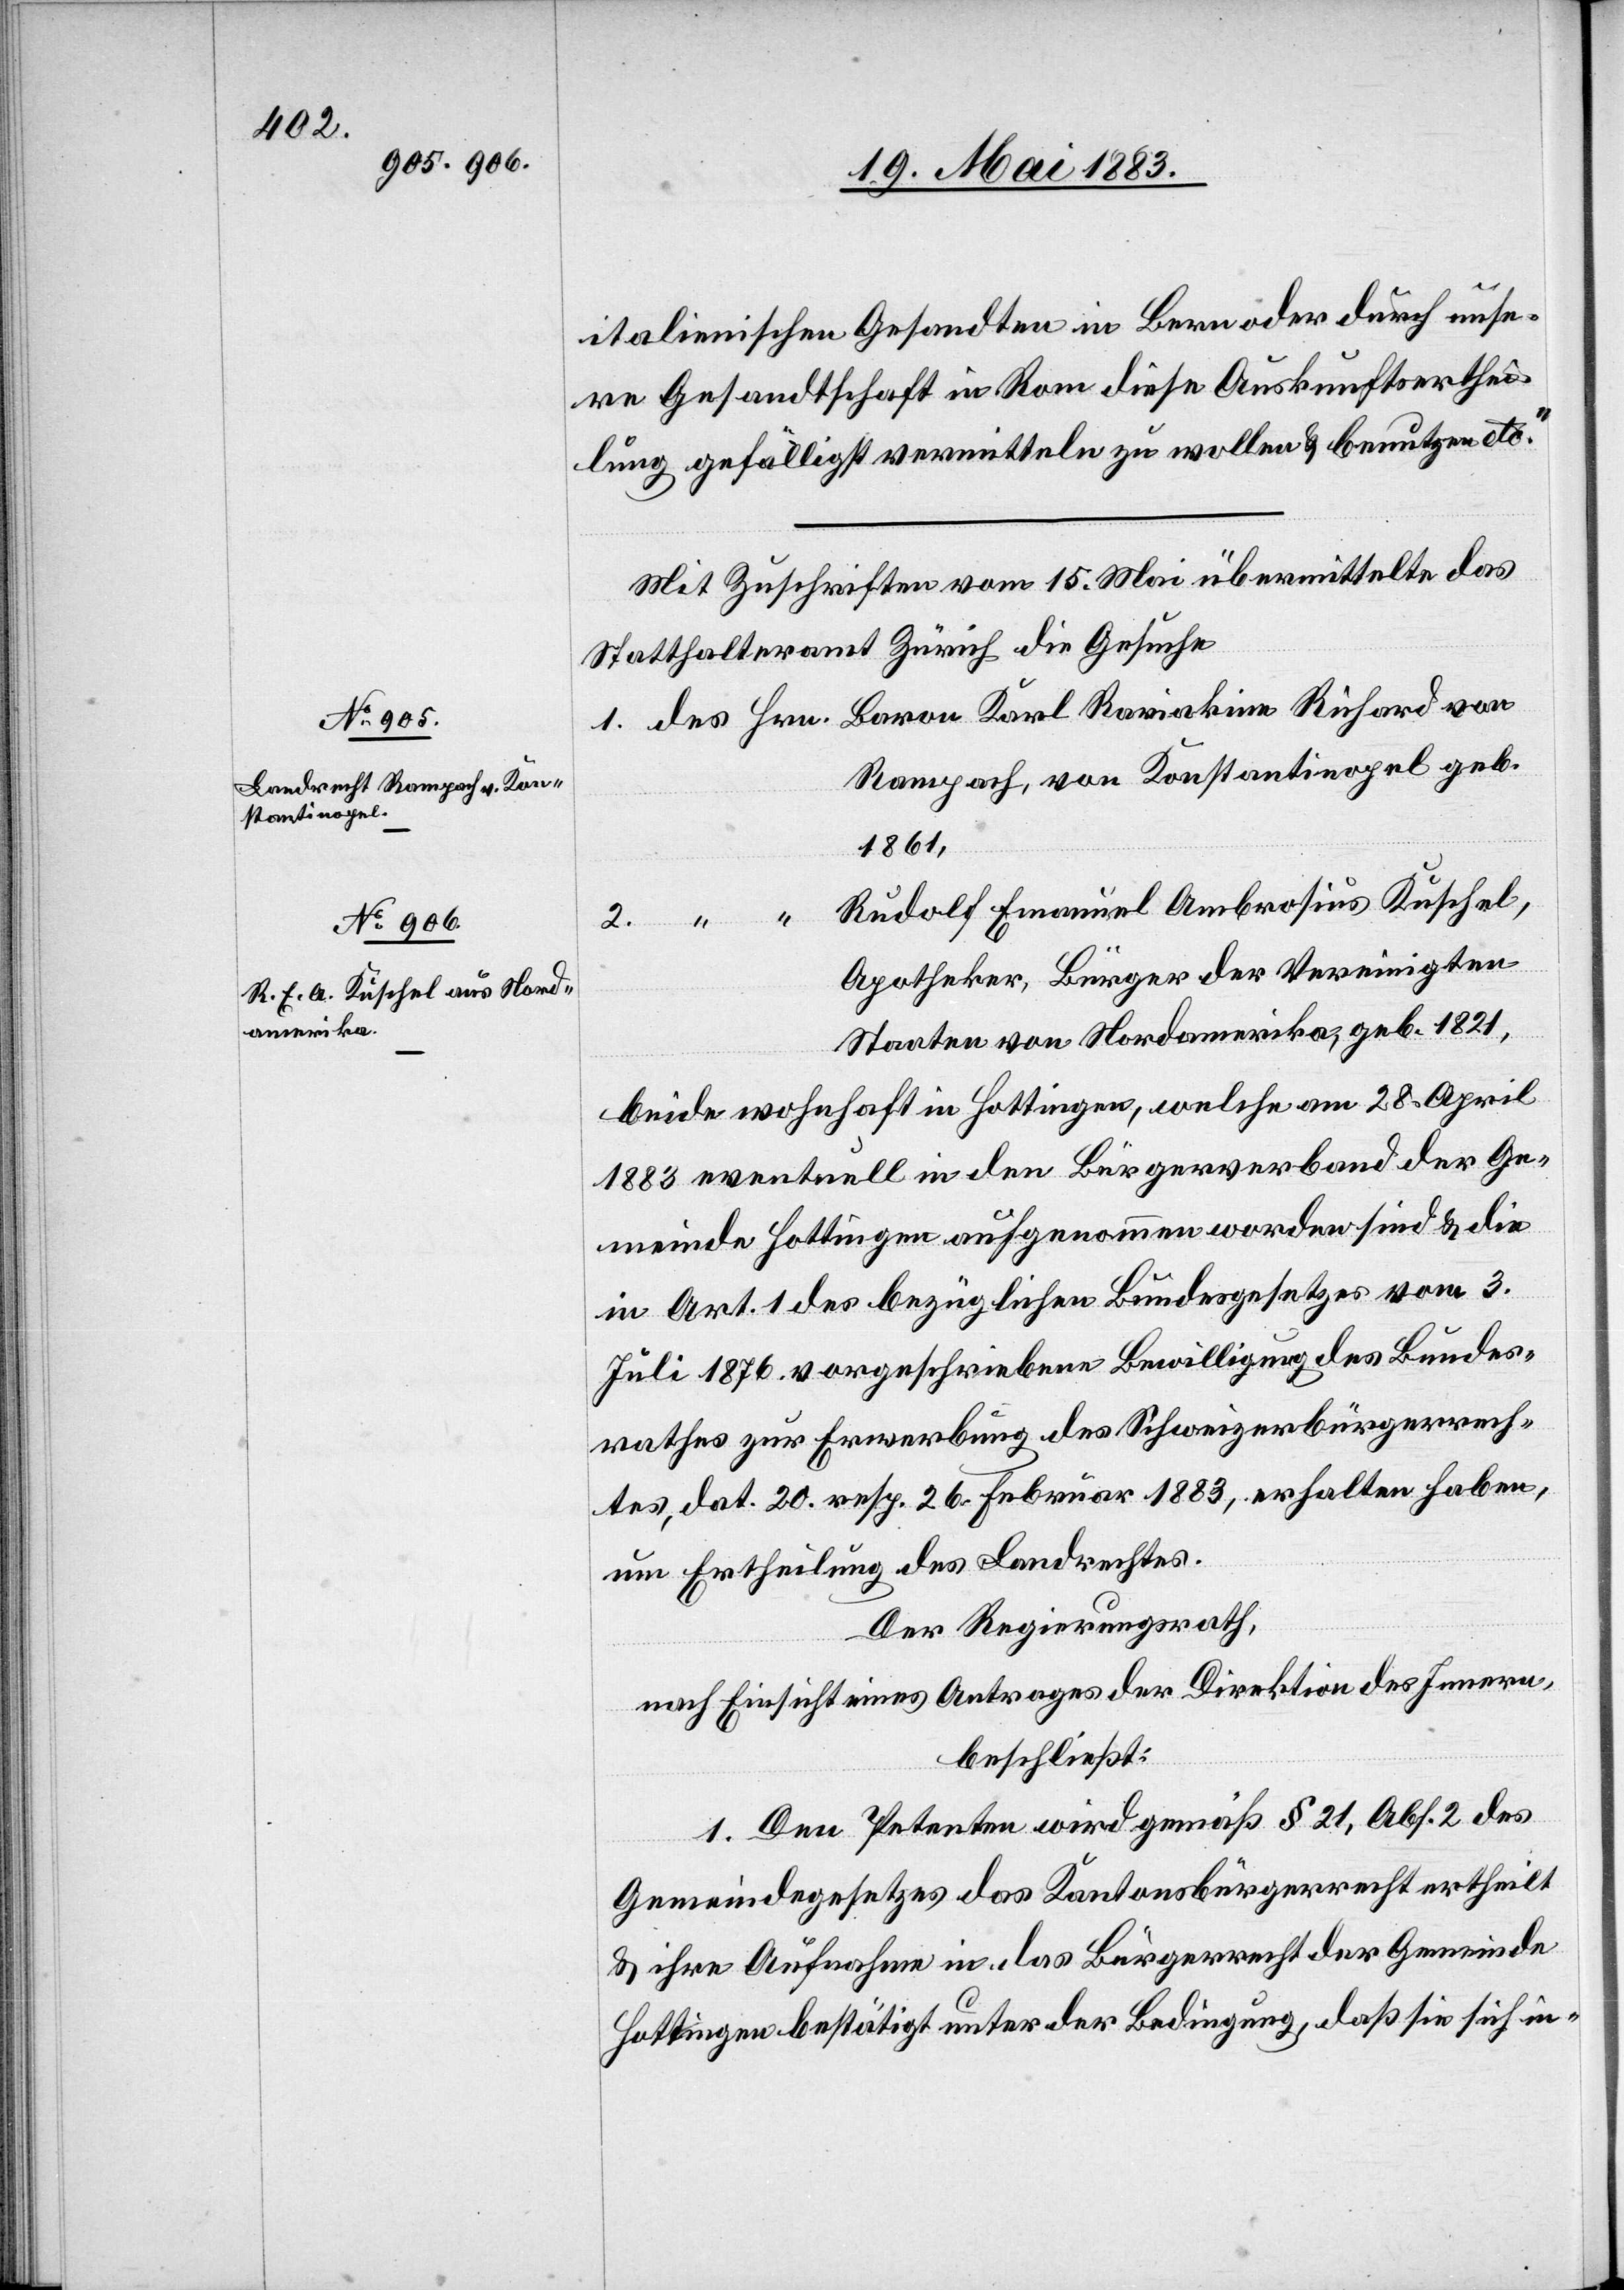
italienischen Gesandten in Bern oder durch unse¬
re Gesandtschaft in Rom diese Auskunftserthei¬
lung gefälligst vermitteln zu wollen & benutzen etc.“
Mit Zuschrift vom 15. Mai übermittelte das
1. des Hrn. Baron Karl Raviakine Richard von
Rampach, von Konstantinopel geb.
1861,
Rudolf Emanuel Ambrosius Kuschel,
die
2.
Apotheker, Bürger der Vereinigten
Staaten von Nordamerika, geb. 1821,
beide wohnhaft in Hottingen, welche am 28. April
1883 eventuell in den Bürgerverband der Ge¬
meinde Hottingen aufgenommen worden sind & die
in Art. 1 des bezüglichen Bundesgesetzes vom 3.
Juli 1876 vorgeschriebene Bewilligung des Bundes¬
rathes zur Erwerbung des Schweizerbürgerrech¬
tes, dat. 20. resp. 26. Februar 1883, erhalten haben,
um Ertheilung des Landrechtes.
Der Regierungsrath,
nach Einsicht eines Antrages der Direktion des Innern,
beschließt:
1. Den Petenten wird gemäß § 21, Abs. 2 des
Gemeindegesetzes das Kantonsbürgerrecht ertheilt
& ihre Aufnahme in das Bürgerrecht der Gemeinde
Hottingen bestätigt unter der Bedingung, daß sie sich in-